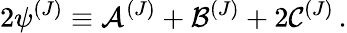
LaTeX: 2{\psi}^{(J)}\equiv{\cal{A}}^{(J)}+{\cal{B}}^{(J)}+2{\cal{C}}^{(J)}\, .